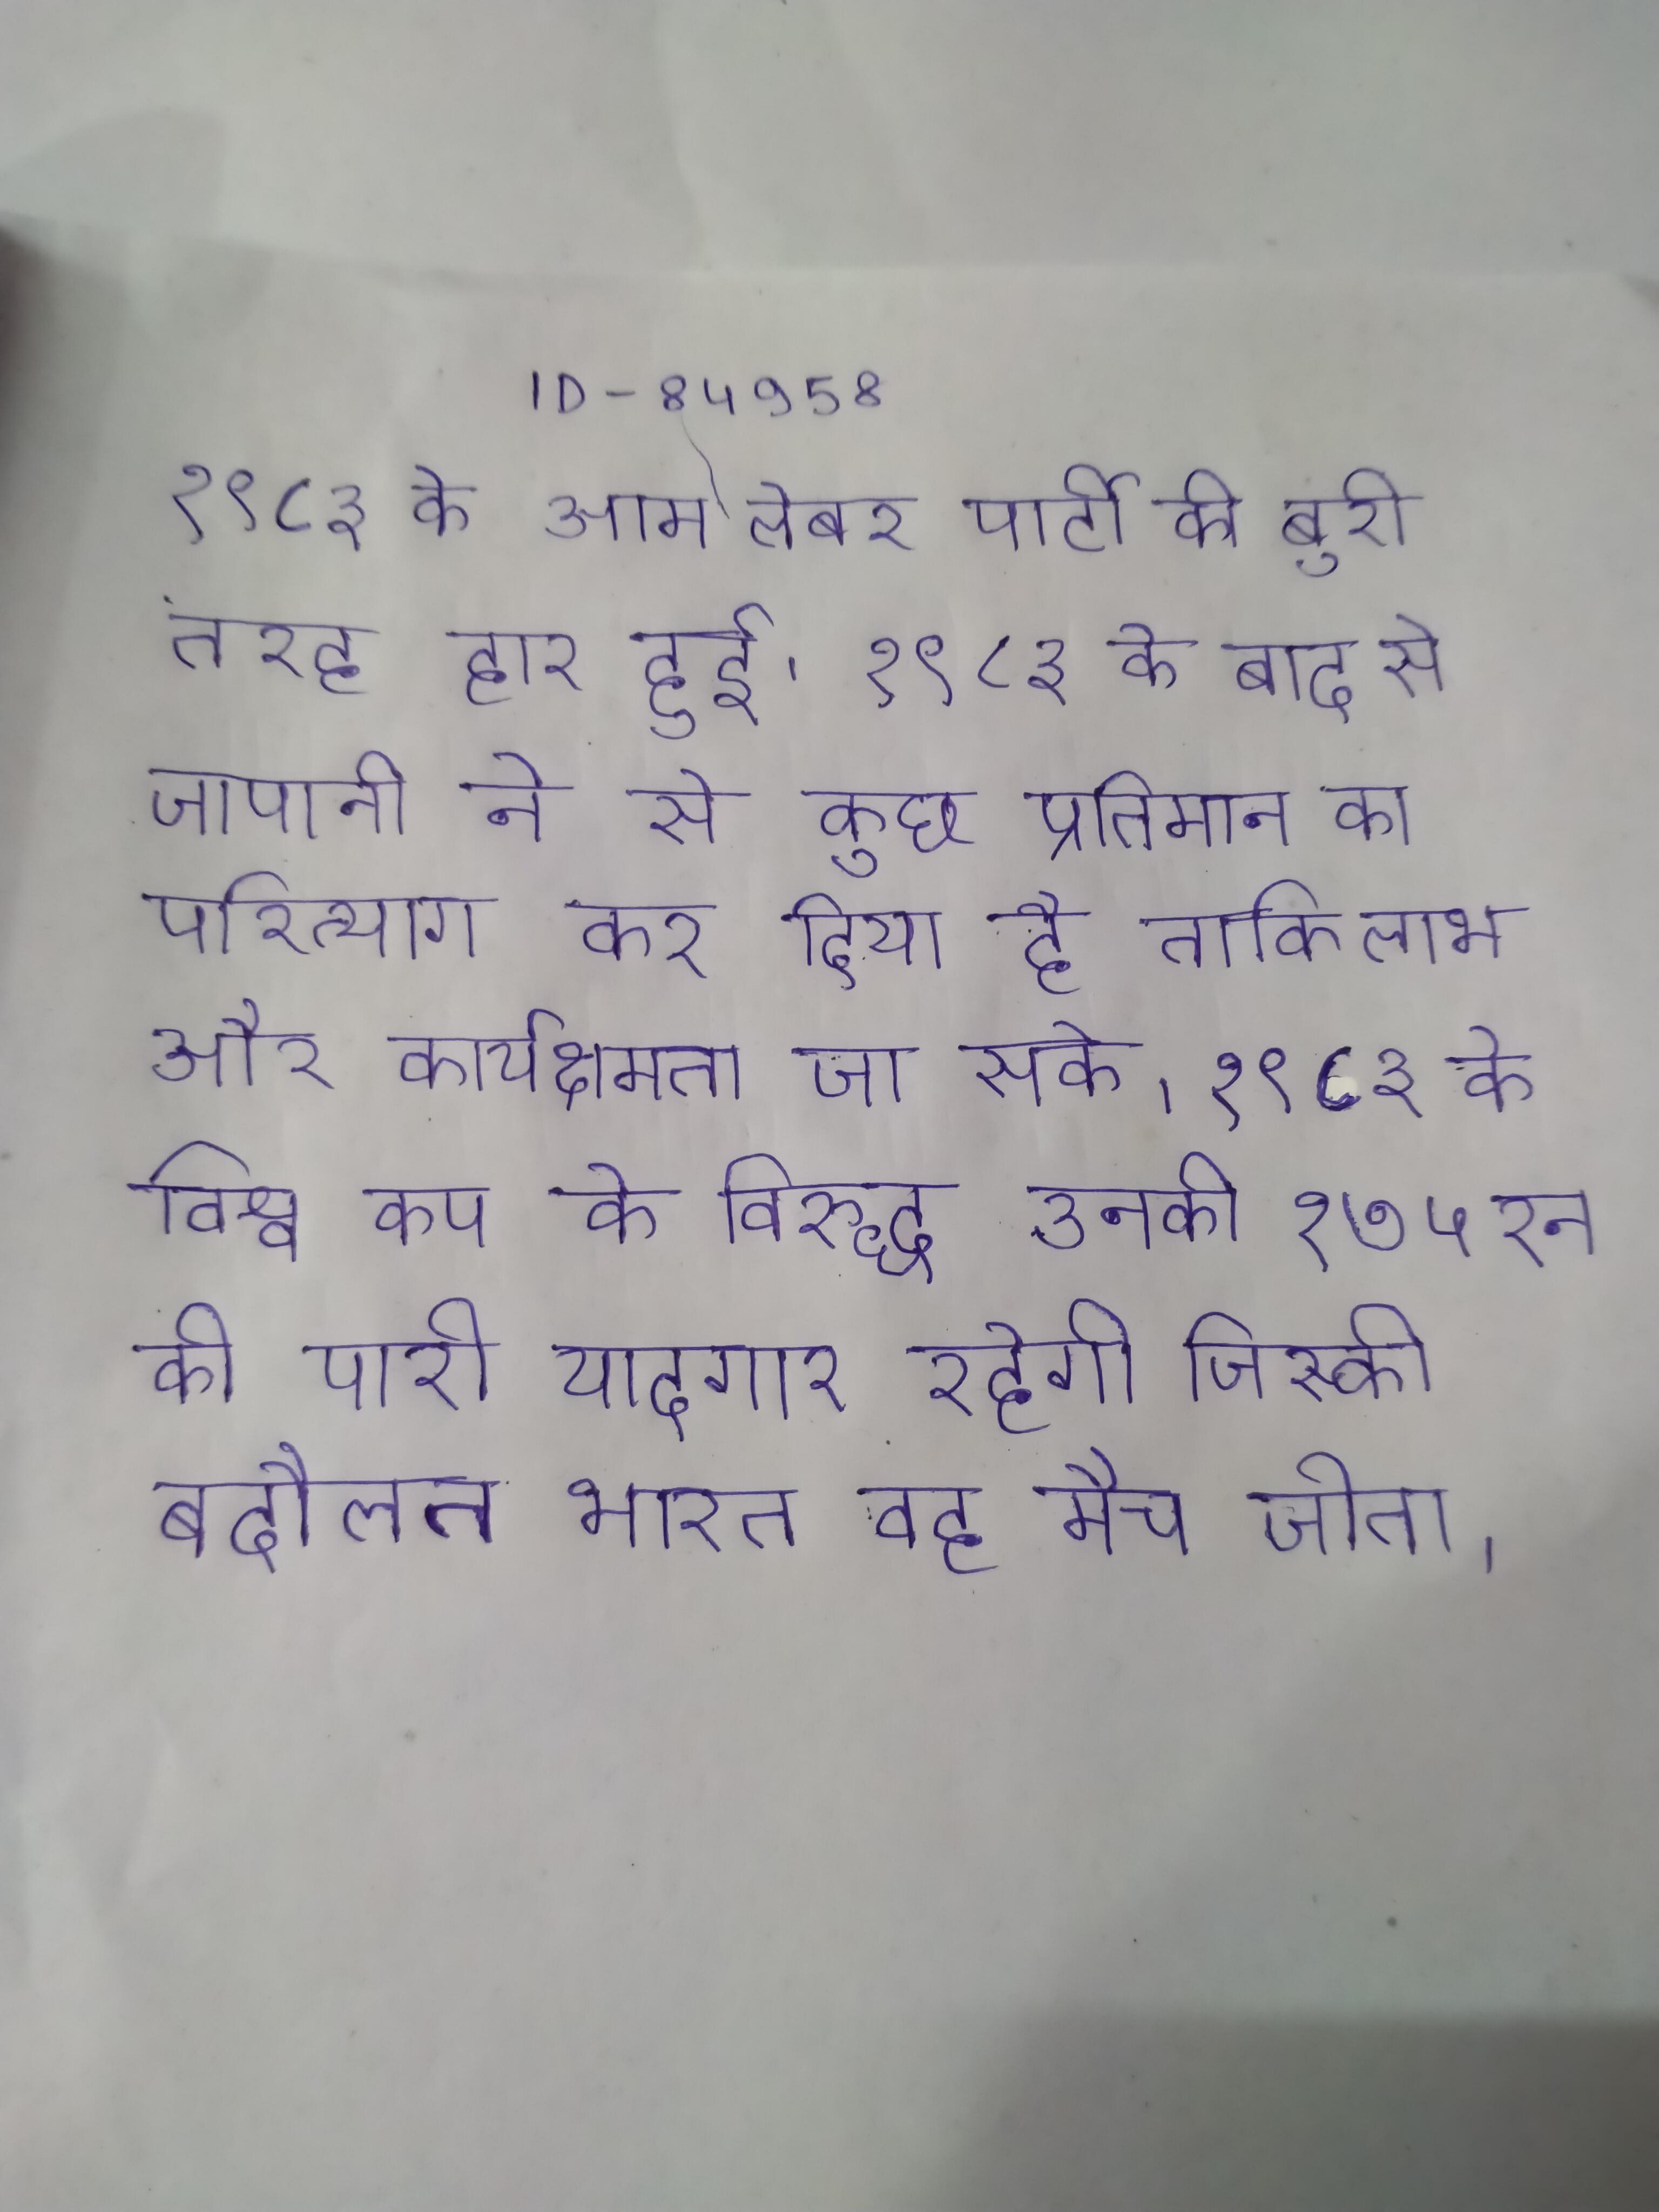
१९८३ के आम लेबर पार्टी की बुरी तरह हार हुई । १९८३ के बाद से जापानी ने से कुछ प्रतिमान का परित्याग कर दिया है ताकि लाभ और कार्यक्षमता जा सके । १९८३ के विश्व कप के विरुद्ध उनकी १७५ रन की पारी यादगार रहेगी जिस्की बदौलत भारत वह मैच जीता ।